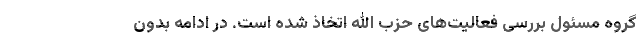
گروه مسئول بررسی فعالیت‌های حزب الله اتخاذ شده است. در ادامه بدون